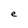
Character: e